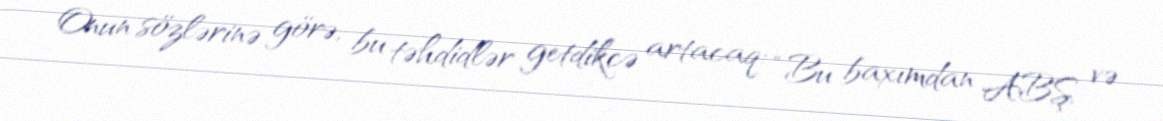
Onun sözlərinə görə, bu təhdidlər getdikcə artacaq: “Bu baxımdan ABŞ və